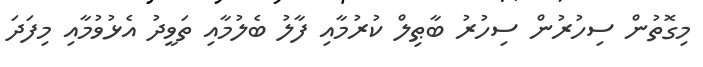
މިގޮތުން ސިހުރުން ސިހުރު ބާޠިލް ކުރުމާއި ފާލު ބެލުމާއި ތަވީދު އެޅުވުމާއި މިފަދަ